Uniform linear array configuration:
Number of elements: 8
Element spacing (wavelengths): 0.75
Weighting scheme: kaiser
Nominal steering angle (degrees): -45
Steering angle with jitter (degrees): -43.287
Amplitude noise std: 0.05
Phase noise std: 0.05

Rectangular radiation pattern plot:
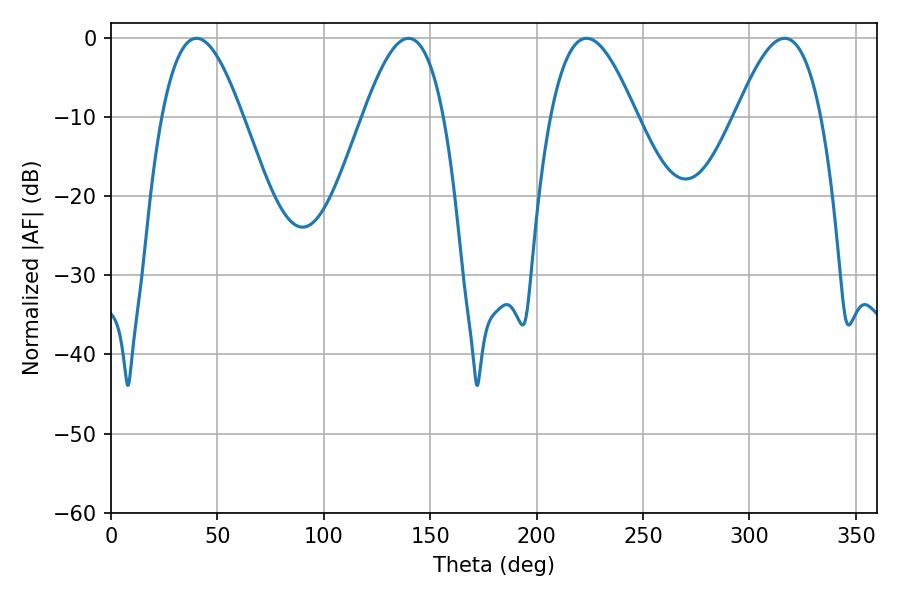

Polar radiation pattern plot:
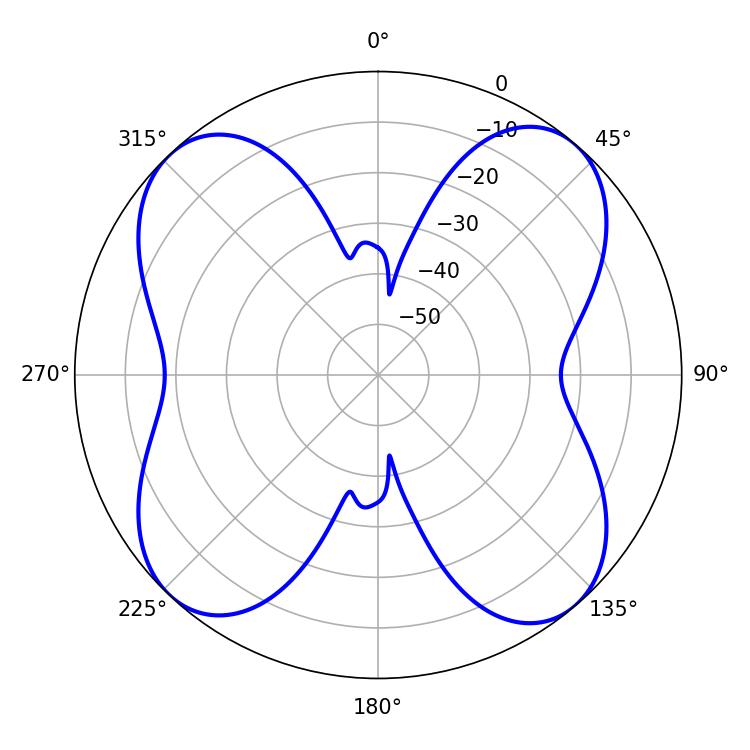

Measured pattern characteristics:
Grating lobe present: TRUE
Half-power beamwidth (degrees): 20.52
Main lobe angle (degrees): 40.14